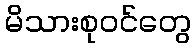
မိသားစုဝင်တွေ